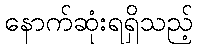
နောက်ဆုံးရရှိသည့်